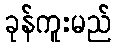
ခုန်ကူးမည်